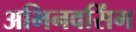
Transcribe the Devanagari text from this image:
अभिनवसिंग